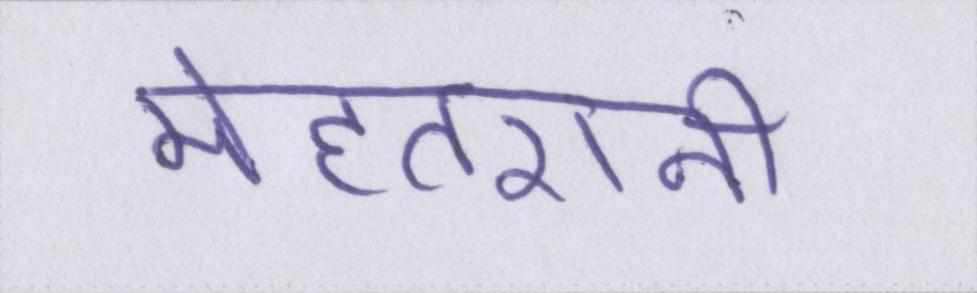
मेहतरानी